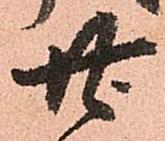
廿